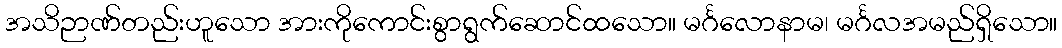
အသိဉာဏ်တည်းဟူသော အားကိုကောင်းစွာရွက်ဆောင်ထသော။ မင်္ဂလောနာမ၊ မင်္ဂလအမည်ရှိသော။